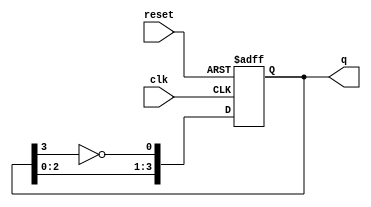
module johnson_counter (
    input wire clk,         // Clock input
    input wire reset,       // Asynchronous reset
    output reg [3:0] q      // 4-bit output
);

// Sequential block to define the behavior of the Johnson counter
always @(posedge clk or posedge reset) begin
    if (reset) begin
        // Reset the counter to 0000
        q <= 4'b0000;
    end else begin
        // Shift and feedback the inverted last bit to the first flip-flop
        q <= {q[2:0], ~q[3]};
    end
end

endmodule